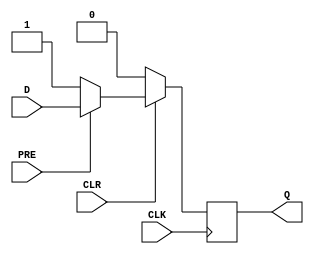
module neg_edge_DFF (
    input D,
    input CLK,
    input PRE,
    input CLR,
    output reg Q
);

always @ (negedge CLK) begin
    if (!CLR) begin
        Q <= 1'b0;
    end else if (!PRE) begin
        Q <= 1'b1;
    end else begin
        Q <= D;
    end
end

endmodule